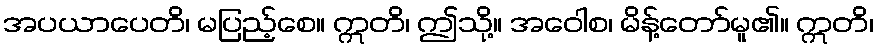
အပယာပေတိ၊ မပြည့်စေ။ ဣတိ၊ ဤသို့။ အဝေါစ၊ မိန့်တော်မူ၏။ ဣတိ၊